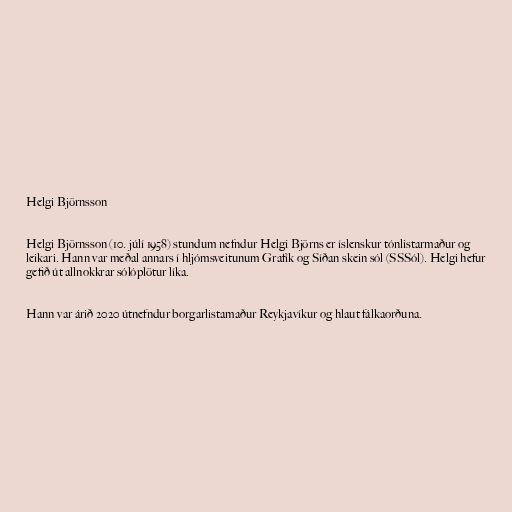
Helgi Björnsson

Helgi Björnsson (10. júlí 1958) stundum nefndur Helgi Björns er íslenskur tónlistarmaður og
leikari. Hann var meðal annars í hljómsveitunum Grafík og Síðan skein sól (SSSól). Helgi hefur
gefið út allnokkrar sólóplötur líka.

Hann var árið 2020 útnefndur borgarlistamaður Reykjavíkur og hlaut fálkaorðuna.